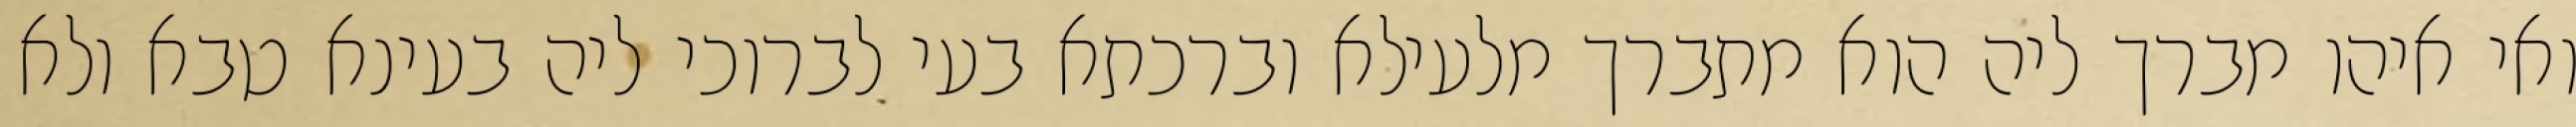
ואי איהו מברך ליה הוא מתברך מלעילא וברכתא בעי לברוכי ליה בעינא טבא ולא